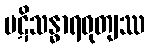
ပဋိသန္ဓာရဝုတျဿ